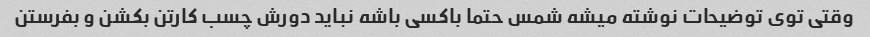
وقتی توی توضیحات نوشته میشه شمس حتما باکسی باشه نباید دورش چسب کارتن بکشن و بفرستن